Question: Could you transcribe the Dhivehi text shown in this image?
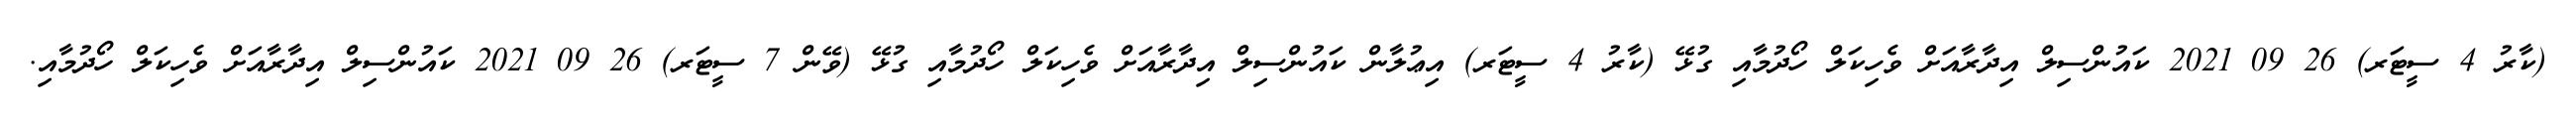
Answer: (ކާރު 4 ސީޓަރ) 26 09 2021 ކައުންސިލް އިދާރާއަށް ވެހިކަލް ހޯދުމާއި ގުޅޭ (ކާރު 4 ސީޓަރ) އިޢުލާން ކައުންސިލް އިދާރާއަށް ވެހިކަލް ހޯދުމާއި ގުޅޭ (ވޭން 7 ސީޓަރ) 26 09 2021 ކައުންސިލް އިދާރާއަށް ވެހިކަލް ހޯދުމާއި.